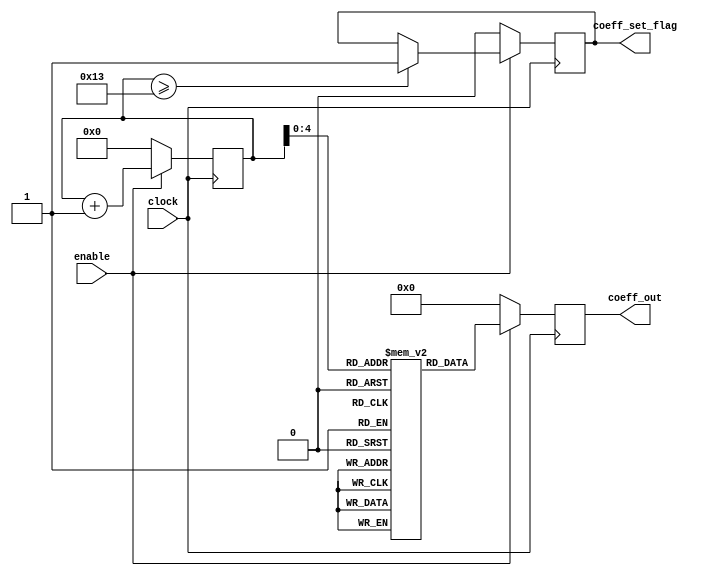
module coeff_module #(
	parameter length = 20,
	parameter data_width = 18
)(
	input clock,
	input enable,
	output reg coeff_set_flag,
	output reg signed [data_width - 1:0] coeff_out
);

integer coeff_counter;
reg signed [data_width - 1:0] coeff [0:length - 1];

initial begin
	coeff[0] <= 18'd34124;
	coeff[1] <= 18'd3114;
	coeff[2] <= 18'd0;
	coeff[3] <= 18'd4991;
	coeff[4] <= 18'd12522;
	coeff[5] <= -18'd7711;
	coeff[6] <= -18'd5151;
	coeff[7] <= 18'd81122;
	coeff[8] <= 18'd9890;
	coeff[9] <= 18'd1091;
	coeff[10] <= -18'd9111;
	coeff[11] <= -18'd10369;
	coeff[12] <= 18'd911;
	coeff[13] <= 18'd1121;
	coeff[14] <= 18'd591;
	coeff[15] <= 18'd7590;
	coeff[16] <= 18'd19;
	coeff[17] <= 18'd5811;
	coeff[18] <= -18'd970;
	coeff[19] <= 18'd10000;
end

initial begin
	coeff_out <= {(data_width){1'd0}};
	coeff_set_flag <= 1'd0;
	coeff_counter <= 10'd0;
end
always @(posedge clock) begin

	
	if(enable) begin: setcoeff

		coeff_out <= coeff[coeff_counter];
		coeff_counter <= coeff_counter + 10'd1;

		if(coeff_counter >= length - 1) begin
			coeff_set_flag <= 1'd1;
		end

	end
	else begin
		coeff_set_flag <= 1'd0;
		coeff_counter <= 10'd0;
		coeff_out <= {(data_width){1'd0}};
	end

end
endmodule